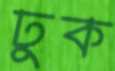
ঢুক